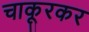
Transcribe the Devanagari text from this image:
चाकूरकर